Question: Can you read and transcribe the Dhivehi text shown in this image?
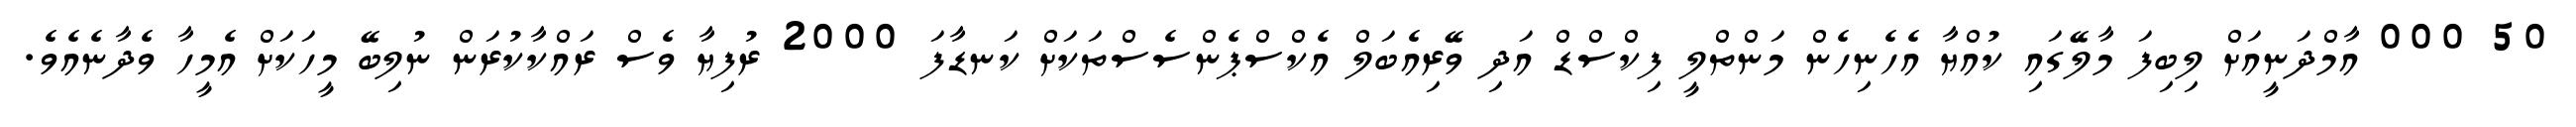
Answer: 50 000 އާމްދަނީއަށް ލިބިފަ މާލޭގައި ކުއްޔާ އެހެނިހެން މަންތްލީ ފިކްސްޑް އަދި ވޭރިއެބަލް އެކްސްޕެންސެސްތަކަށް ކަނޑާފަ 2000 ރުފިޔާ ވެސް ރައްކާކުރަން ނުލިބޭ މީހަކަށް އެމީހާ ވެދާނެއެވެ.